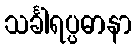
သင်္ခါရပ္ပဓာနာ